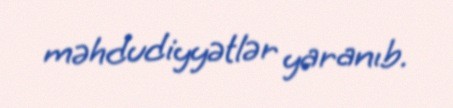
məhdudiyyətlər yaranıb.